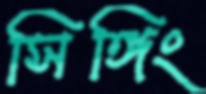
সিঙ্গিং